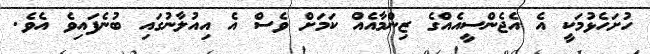
ހުށަހެޅުމަކީ އެ އެޖެންސީއެއްގެ ޒިންމާއެއް ކަމަށް ވެސް އެ އިއުލާނުގައި ބުނެފައިވެ އެވެ.